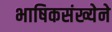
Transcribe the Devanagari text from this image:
भाषिकसंख्येने